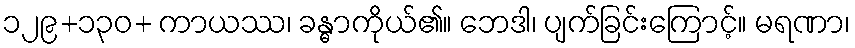
၁၂၉+၁၃၀+ ကာယဿ၊ ခန္ဓာကိုယ်၏။ ဘေဒါ၊ ပျက်ခြင်းကြောင့်။ မရဏာ၊